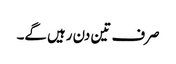
صرف تین دن رہیں گے۔